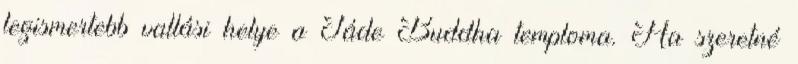
legismertebb vallási helye a Jáde Buddha temploma. Ha szeretné